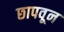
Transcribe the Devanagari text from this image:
छापवून